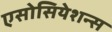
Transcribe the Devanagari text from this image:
एसोसियेशन्स